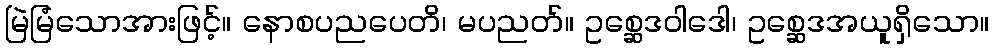
မြဲမြံသောအားဖြင့်။ နောစပညပေတိ၊ မပညတ်။ ဥစ္ဆေဒဝါဒေါ၊ ဥစ္ဆေဒအယူရှိသော။